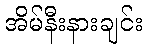
အိမ်နီးနားချင်း